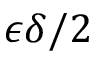
\epsilon \delta / 2